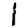
Digit: 1